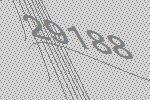
29188